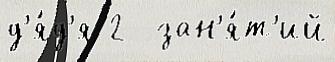
д'я́д'я 2  зан'я́т'ий